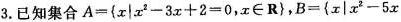
3. 已知集合 $$A = { x | x ^ { 2 } - 3 x + 2 = ，x \in R }$$，$$B = { x | x ^ { 2 } - 5 x